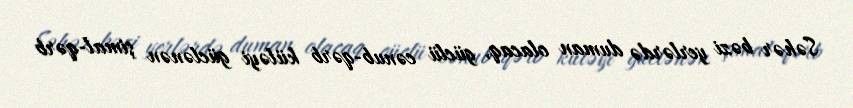
Səhər bəzi yerlərdə duman olacaq, güclü cənub-qərb küləyi güclənən şimal-qərb